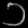
Digit: ၁